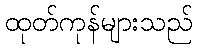
ထုတ်ကုန်များသည်